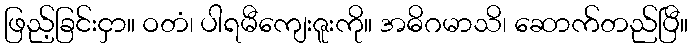
ဖြည့်ခြင်းငှာ။ ဝတံ၊ ပါရမီကျေးဇူးကို။ အဓိဂမာသိ၊ ဆောက်တည်ပြီ။